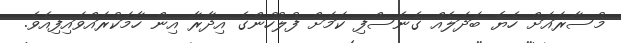
މުސާރައަށް ހެޔޮ ބަދަލެއް ގެނެސްފި ކަމަށް ފުލުހުންގެ އިދާރާ އިން ހާމަކުރައްވައިފިއެވެ.